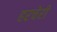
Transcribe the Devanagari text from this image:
हरचेरी